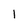
Character: 1